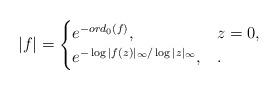
LaTeX: \begin{align*}|f|=\begin{cases}e^{ - ord_0(f) }, & z=0,\\e^{ - \log |f(z)|_\infty /\log |z|_\infty },& .\end{cases}\end{align*}